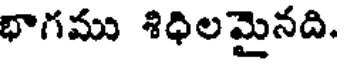
భాగము శిధిలమైనది.